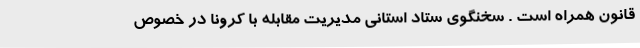
قانون همراه است . سخنگوی ستاد استانی مدیریت مقابله با کرونا در خصوص